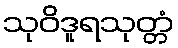
သုဝိဒူရသုတ္တံ